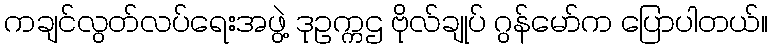
ကချင်လွတ်လပ်ရေးအဖွဲ့ ဒုဥက္ကဌ ဗိုလ်ချုပ် ဂွန်မော်က ပြောပါတယ်။